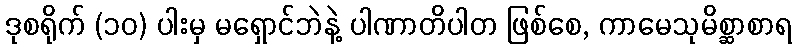
ဒုစရိုက် (၁၀) ပါးမှ မရှောင်ဘဲနဲ့ ပါဏာတိပါတ ဖြစ်စေ, ကာမေသုမိစ္ဆာစာရ